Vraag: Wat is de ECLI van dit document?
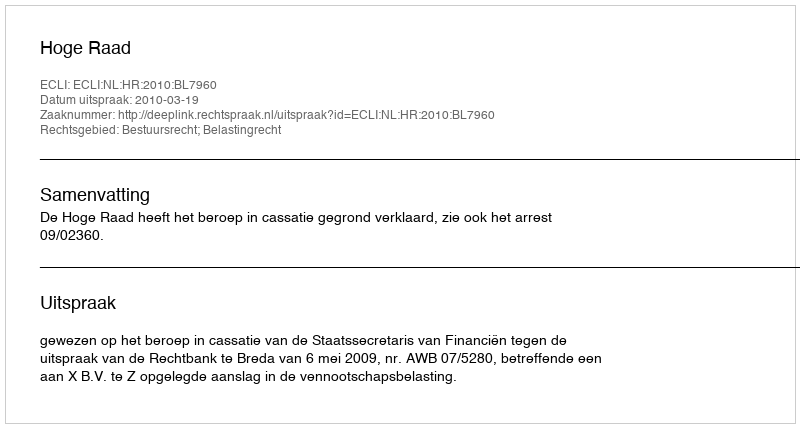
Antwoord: ECLI:NL:HR:2010:BL7960